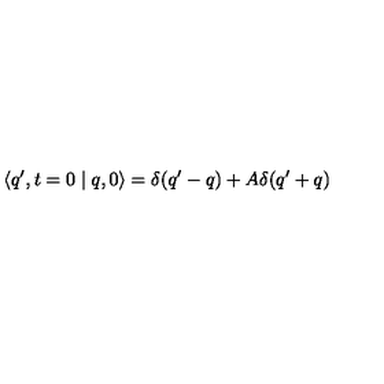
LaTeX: \langle q ^ { \prime } , t = 0 \mid q , 0 \rangle = \delta ( q ^ { \prime } - q ) + A \delta ( q ^ { \prime } + q )